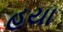
હયા